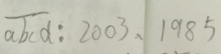
\overline { a b c d } : 2 0 0 3 , 1 9 8 5